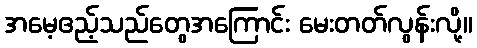
အမေ့ဧည့်သည်တွေအကြောင်း မေးတတ်လွန်းလို့။